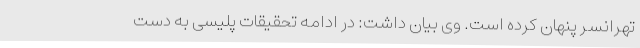
تهرانسر پنهان کرده است. وی بیان داشت: در ادامه تحقیقات پلیسی به دست